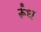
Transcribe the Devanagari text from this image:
र्रूँध